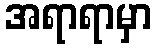
အရာရာမှာ